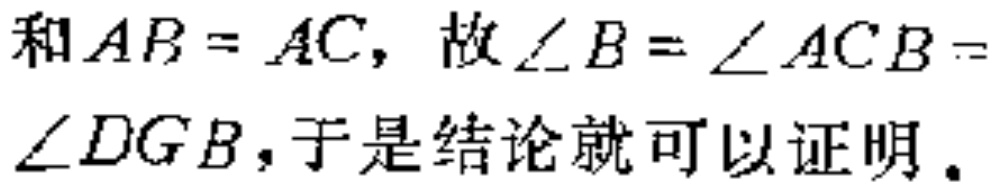
和\(AB = AC\)，故\(\angle B = \angle ACB =\angle DGB\)，于是结论就可以证明。